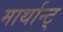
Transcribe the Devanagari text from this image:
मार्थान्ट्